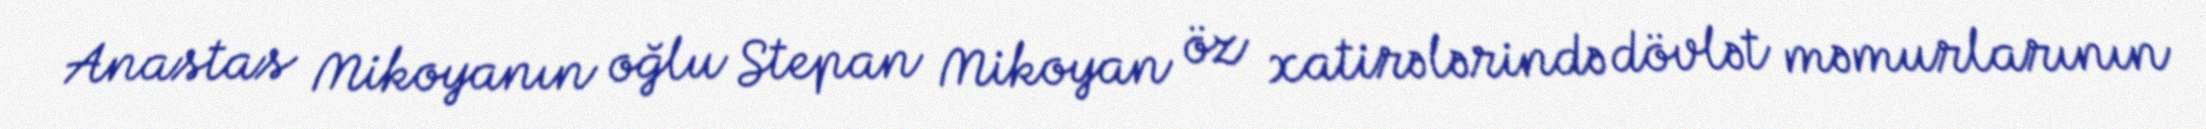
Anastas Mikoyanın oğlu Stepan Mikoyan öz xatirələrində dövlət məmurlarının